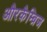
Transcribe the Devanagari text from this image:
औरकैम्ब्रिज